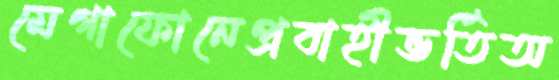
মেগাফোনেপ্রবাহীভর্তিঅ